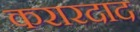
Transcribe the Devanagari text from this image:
करारदाद